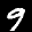
Label: 9